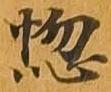
悩